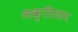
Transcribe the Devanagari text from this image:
भक्तिजन